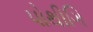
પોથીગિ